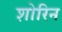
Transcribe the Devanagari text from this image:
शोरिन